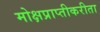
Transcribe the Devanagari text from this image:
मोक्षप्राप्तीकरीता